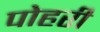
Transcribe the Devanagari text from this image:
पोहरी